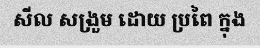
សីល សង្រួម ដោយ ប្រពៃ ក្នុង